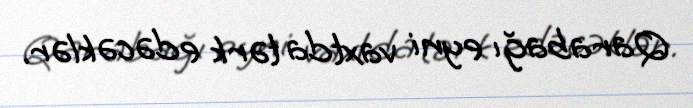
Qarabağı eyni vaxtda tərk edəcəklər.